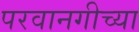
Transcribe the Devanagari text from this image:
परवानगीच्या